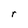
Character: r